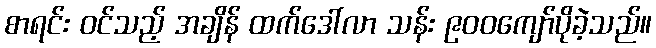
စာရင်း ဝင်သည့် အချိန် ထက်ဒေါ်လာ သန်း ၉၀၀ကျော်ပိုခဲ့သည်။